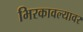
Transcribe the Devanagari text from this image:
भिरकावल्यावर